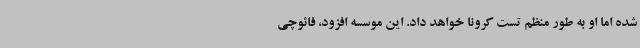
شده اما او به طور منظم تست کرونا خواهد داد. این موسسه افزود، فائوچی